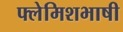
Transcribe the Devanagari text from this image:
फ्लेमिशभाषी